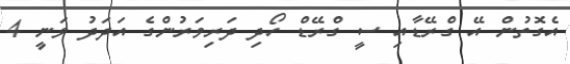
އެގޮތުން އޭ ގްރޭޑާއި ސީ ގްރޭޑް ހޯދި ދަރިވަރުންގެ އަދަދު ވަނީ 4